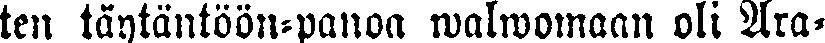
ten täytäntöön-panoa walwomaan oli Ara-